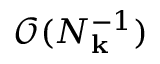
\mathcal { O } ( N _ { \mathbf { k } } ^ { - 1 } )